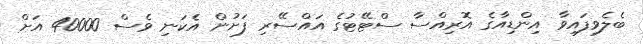
ބެލެވިފައިވާ އިންޑިއާގެ އޮރިއްސާ ސްޓޭޓުގެ އައްސޭރި ފަށުން އެކަނި ވެސް 40000 އަށް